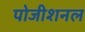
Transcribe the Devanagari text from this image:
पोजीशनल